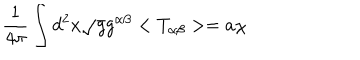
\frac { 1 } { 4 { \pi } } \int d ^ { 2 } x \sqrt { g } g ^ { \alpha \beta } < T _ { \alpha \beta } > = a { \chi }